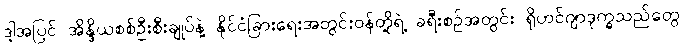
ဒါ့အပြင် အိန္ဒိယစစ်ဦးစီးချုပ်နဲ့ နိုင်ငံခြားရေးအတွင်းဝန်တို့ရဲ့ ခရီးစဉ်အတွင်း ရိုဟင်ဂျာဒုက္ခသည်တွေ